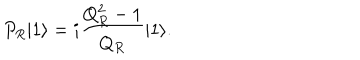
P _ { R } | 1 \rangle = i \frac { Q _ { R } ^ { 2 } - 1 } { Q _ { R } } | 1 \rangle .